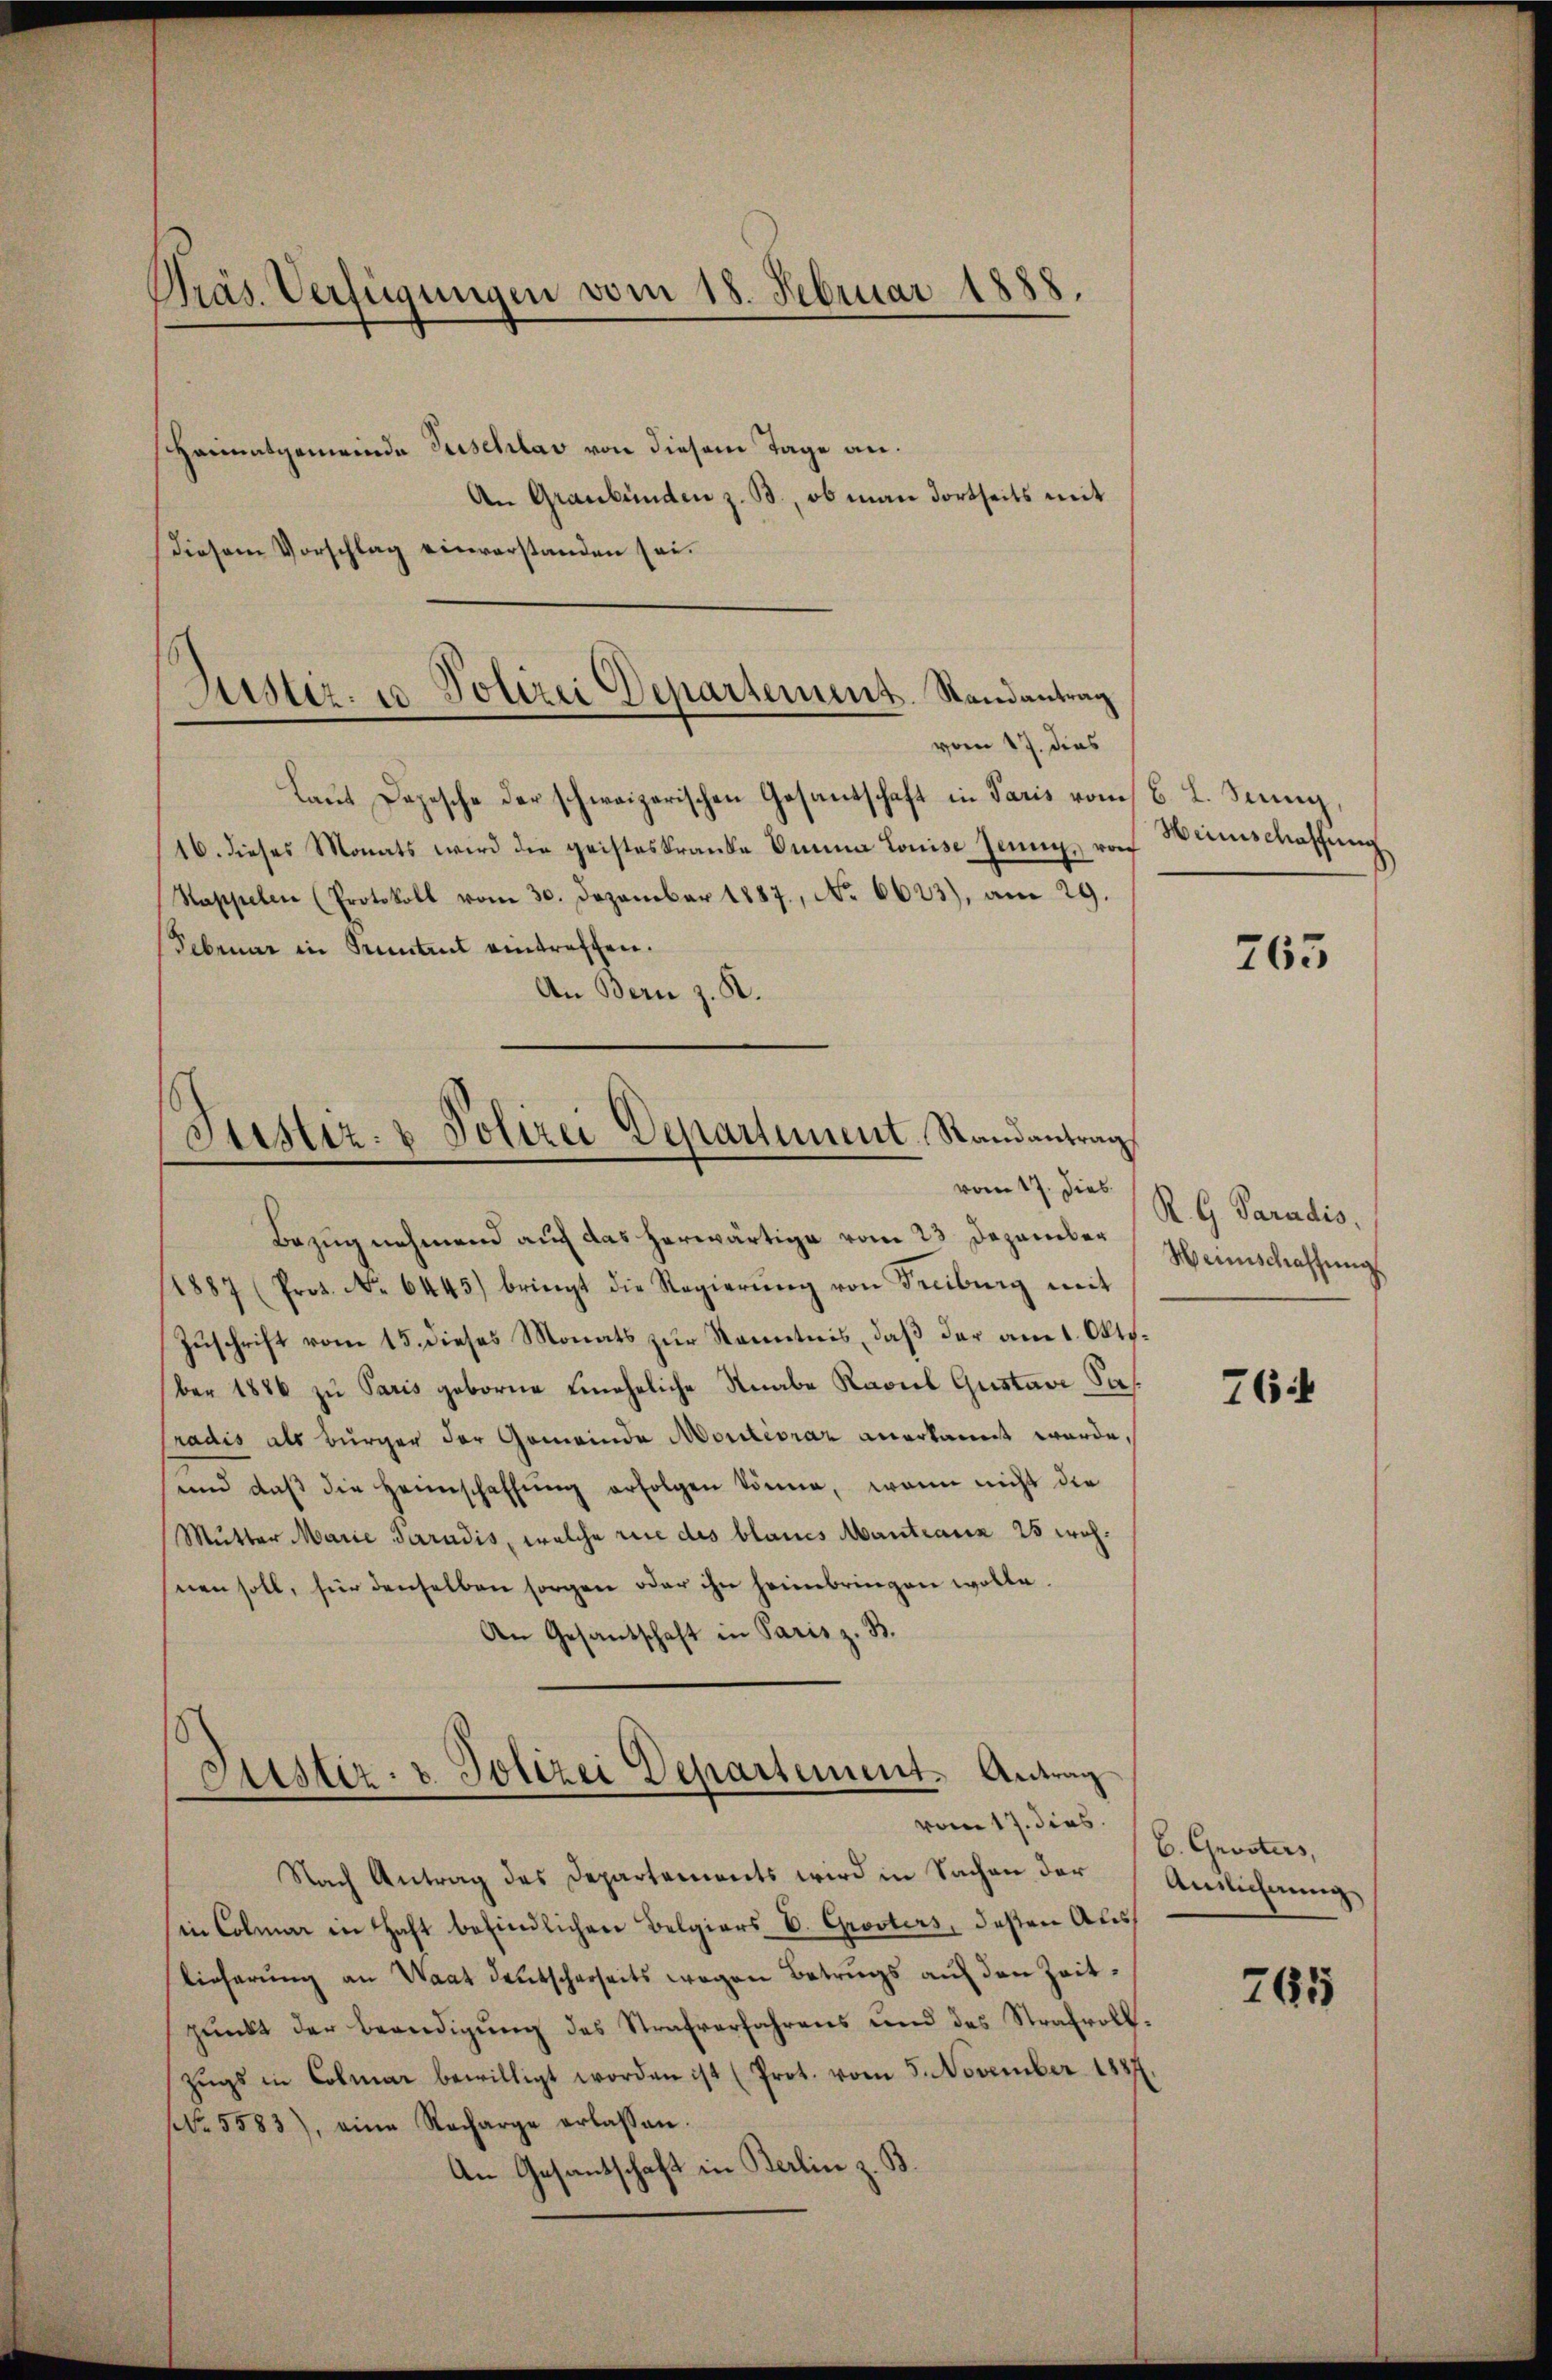
Präs. Verfügungen vom 18. Februar 1888.
Heimatgemeinde Tuschlav von diesem Tage an.
An Graubünden z. B., ob man dortseits mit

Justiz- u. Polizei Departement. Randantrag
vom 17. dies

Justiz- & Polizei Departement. Randantrag
vom 17. Dies

diesem Vorschlag einverstanden sei.

Laut Depesche der schweizerischen Gesantschaft in Paris vom 6. L. Senig
(16. dieses Monats wird die geisteskranke Dinna Louise Jenny, wor
Stappelen (Protokoll vom 30. Dezember 1887, No 6623), am 29.
Februar in Pruntrut eintreffen.
An Bern z. R.

Bezug nehmend auch das herwärtige vom 23 Dezember
1887 (Prot. No. 6445) bringt die Regierŭng von Freiburg mit
Zuschrift vom 15. dieses Monats zur Kenntnis, daß der am 1. Oktober 1886 zu Paris geborne uneheliche Knabe Karl Gustavi-Sasradis als Bürger der Gemeinde Moritévraz anerkannt werde,
und daβ die Heimschaffŭng erfolgen könne, wenn nicht die
Mutter Marie Paradis, welche rice des blaues Mantiana 25 wohnen soll, für denselben sorgen oder ihn heimbringen wolle.
An Gesandschaft in Paris z. B.
¬
Justiz- & Polizei Departement. Antrag
vom 17. dies
Nach Antrag des Departements wird in Sachen der
in Colmar in Haft befindlichen Belgiers E. Grosters, deßen Auslieferung an Waat deutscharseits wegen Betrugs auf den Zeitpŭnkt der Beendigŭng des Strafverfahrens und des Strafvoll.
Zŭgs in Colmar bewilligt worden ist (Prot. vom 5. November 188
NNo. 5583), eine Racharge erlassen.
An Gesantschaft in Berlin z. B.

Heimschaffung

265

R. G. Paradis.
Weinschaffŭng

764

E. Grosters,
Anslichnung

765